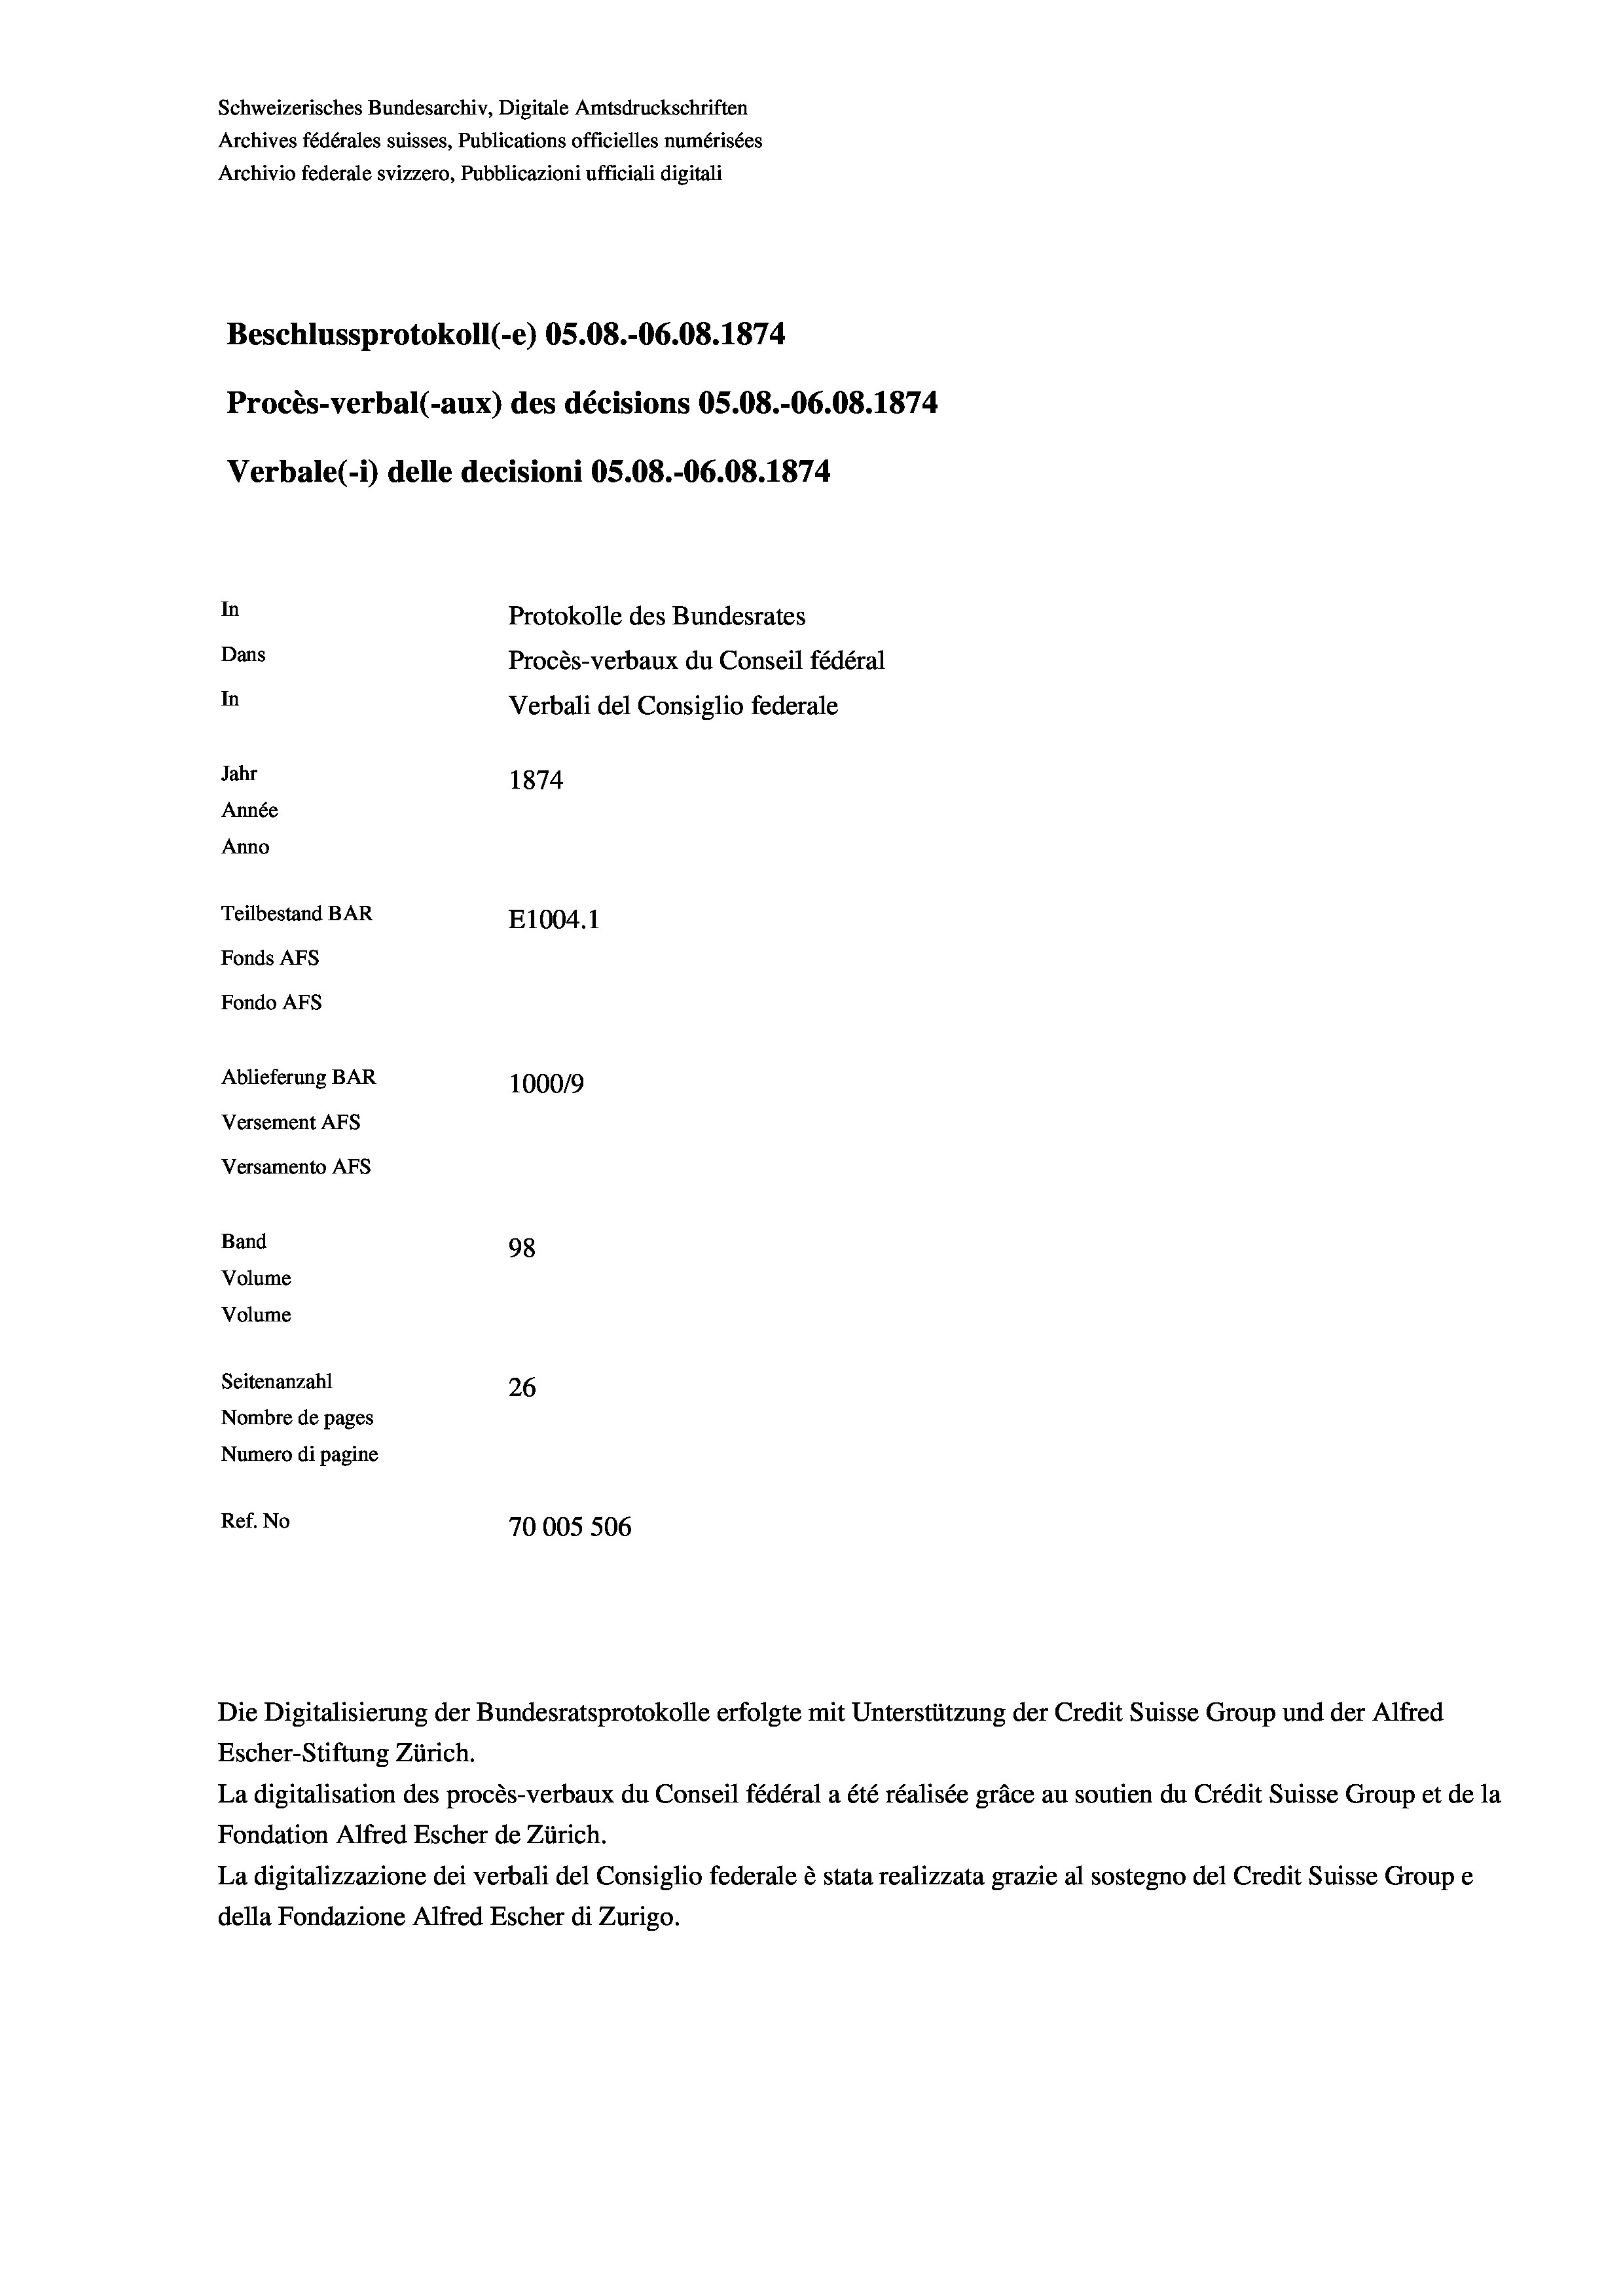
Schweizerisches Bundesarchiv, Digitale Amtsdruckschriften
Archives fédérales suisses, Publications officielles numérisées
Archivio federale svizzero, Pubblicazioni ufficiali digitali
Beschlussprotokoll (-e) 05.08.-06.08. 1874
Procès-verbal (-aux) des décisions OS.08.-06.08. 1874
In
Protokolle des Bundesrates
Dans
Procès-verbaux du Conseil fédéral
In
Verbali del Consiglio federale
Jahr
1874
Année
Anno
Teilbestand BAR
E1004.1
Fonds Afs
Fondo AFS
Ablieferung BAR
100019
Versement AFs
Versamento AFs

Band
Volume
Volume

98
Seitenanzahl
26
Nombre de pages
Numero di pagine
Ref. No
70005 506

Verbale (1) delle decisioni OS.08.-06.08. 1874.

Die Digitalisierung der Bundesratsprotokolle erfolgte mit Unterstützung der Credit Suisse Group und der Alfred
Escher-Stiftung Zürich.
La digitalisation des procès-verbaux du Conseil fédéral a été réalisée gräce au soutien du Crédit Suisse Group et de la
Fondation Alfred Escher de Zürich.
La digitalizzazione dei verbali del Consiglio federale è stata realizzata grazie al sostegno del Credit Suisse Groupe
della Fondazione Alfred Escher di Zurigo.